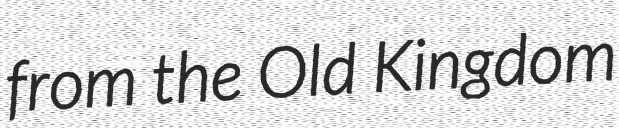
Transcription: from the Old Kingdom